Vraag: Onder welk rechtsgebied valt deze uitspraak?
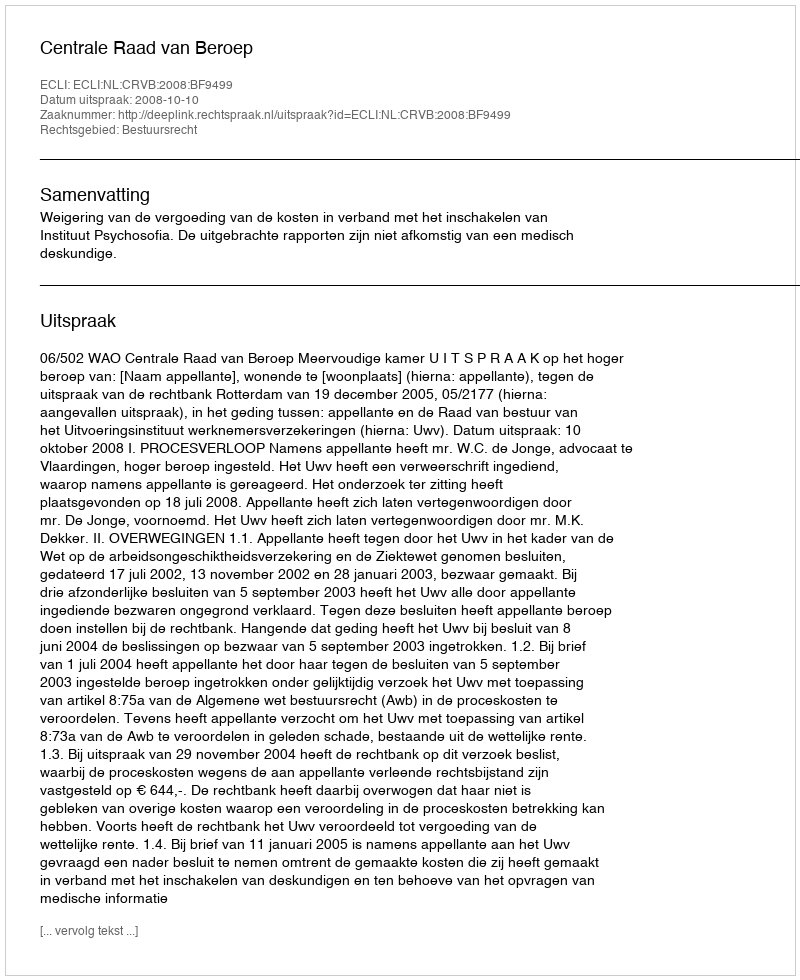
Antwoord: Bestuursrecht